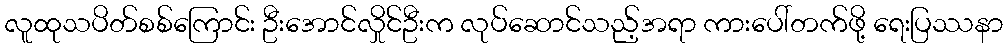
လူထုသပိတ်စစ်ကြောင်း ဦးအောင်လှိုင်ဦးက လုပ်ဆောင်သည့်အရာ ကားပေါ်တက်ဖို့ ရေးပြဿနာ